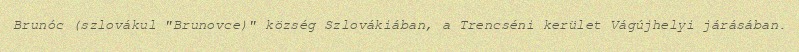
Brunóc (szlovákul "Brunovce)" község Szlovákiában, a Trencséni kerület Vágújhelyi járásában.